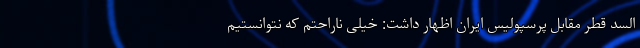
السد قطر مقابل پرسپولیس ایران اظهار داشت: خیلی ناراحتم که نتوانستیم